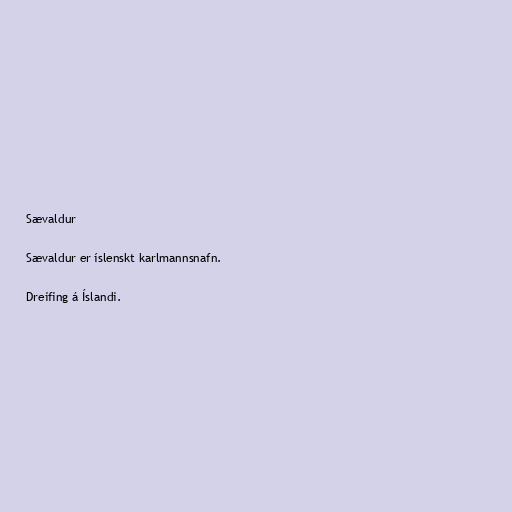
Sævaldur

Sævaldur er íslenskt karlmannsnafn.

Dreifing á Íslandi.